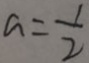
a = \frac { 1 } { 2 }